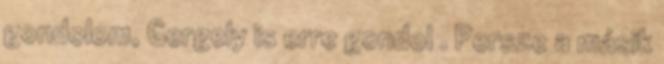
gondolom, Gergely is erre gondol . Persze a másik